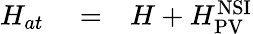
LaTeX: \begin{array}{rlr}{H_{at}}&{{}=}&{H+H_{\mathrm{PV}}^{\mathrm{NSI}}}\end{array}